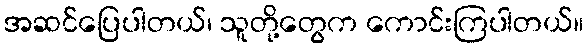
အဆင်ပြေပါတယ်၊ သူတို့တွေက ကောင်းကြပါတယ်။